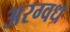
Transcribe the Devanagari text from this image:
अरग्वध